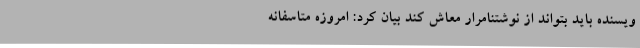
ویسنده باید بتواند از نوشتنامرار معاش کند بیان کرد: امروزه متاسفانه